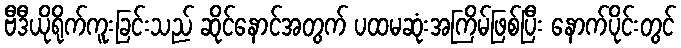
ဗီဒီယိုရိုက်ကူးခြင်းသည် ဆိုင်နောင်အတွက် ပထမဆုံးအကြိမ်ဖြစ်ပြီး နောက်ပိုင်းတွင်